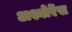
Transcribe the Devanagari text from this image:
अश्योरेंस